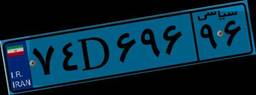
۰۵D۸۲۸۱۷